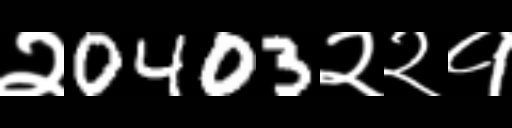
Text: २0403२२१